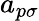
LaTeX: a_{p\sigma}